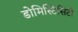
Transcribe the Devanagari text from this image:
डोमिस्टिसिटी